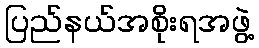
ပြည်နယ်အစိုးရအဖွဲ့